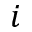
i